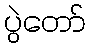
ပွဲတော်